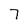
Character: 7